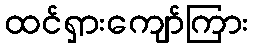
ထင်ရှားကျော်ကြား